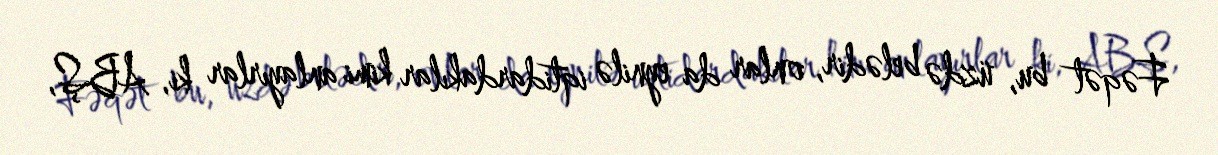
Fəqət bu, üzdə belədir, onlar da eynilə iqtidardakılar kimi anlayırlar ki, ABŞ,